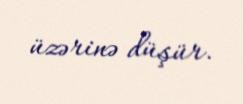
üzərinə düşür.